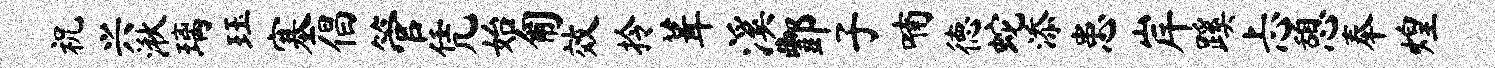
祝兴湫璃珏塞倡管凭始匍效拎葺溪酆子喃德蛇添患岸蹊忐憩奉煌